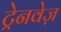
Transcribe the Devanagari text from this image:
ट्रेनवेज़